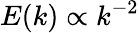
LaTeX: E(k)\propto k^{-2}